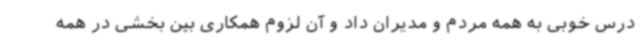
درس خوبی به همه مردم و مدیران داد و آن لزوم همکاری بین بخشی در همه